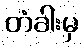
တံခါးမှ